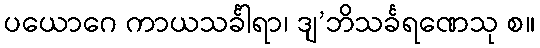
ပယောဂေ ကာယသင်္ခါရာ၊ ဒျ’ဘိသင်္ခရဏေသု စ။